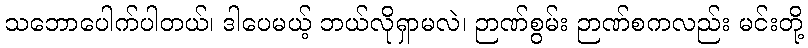
သဘောပေါက်ပါတယ်၊ ဒါပေမယ့် ဘယ်လိုရှာမလဲ၊ ဉာဏ်စွမ်း ဉာဏ်စကလည်း မင်းတို့